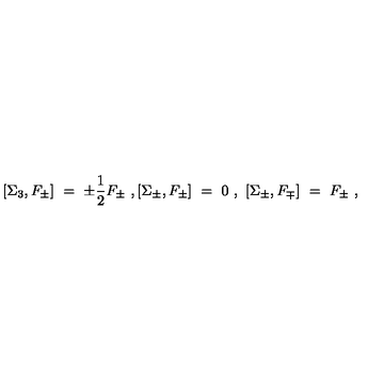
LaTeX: [ \Sigma _ { 3 } , F _ { \pm } ] \ = \ \pm \frac { 1 } { 2 } F _ { \pm } \ , [ \Sigma _ { \pm } , F _ { \pm } ] \ = \ 0 \ , \ [ \Sigma _ { \pm } , F _ { \mp } ] \ = \ F _ { \pm } \ ,